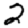
Digit: 2